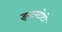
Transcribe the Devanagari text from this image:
इन्टरटोटो